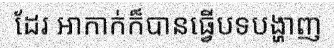
ដែរ អាកាក់ក៏បានធ្វើបទបង្ហាញ